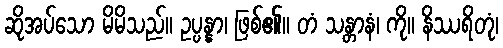
ဆိုအပ်သော မိမိသည်။ ဥပ္ပန္နာ၊ ဖြစ်၏။ တံ သန္တာနံ၊ ကို။ နိဿရိတုံ၊